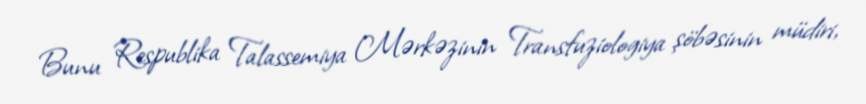
Bunu Respublika Talassemiya Mərkəzinin Transfuziologiya şöbəsinin müdiri,